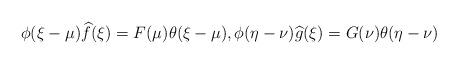
LaTeX: \begin{align*}\phi (\xi-\mu) \widehat{f}(\xi) = F(\mu)\theta (\xi-\mu), \phi (\eta-\nu) \widehat{g}(\xi) = G(\nu)\theta (\eta-\nu) \end{align*}